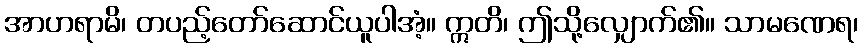
အာဟရာမိ၊ တပည့်တော်ဆောင်ယူပါအံ့။ ဣတိ၊ ဤသို့လျှောက်၏။ သာမဏေရ၊